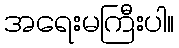
အရေးမကြီးပါ။